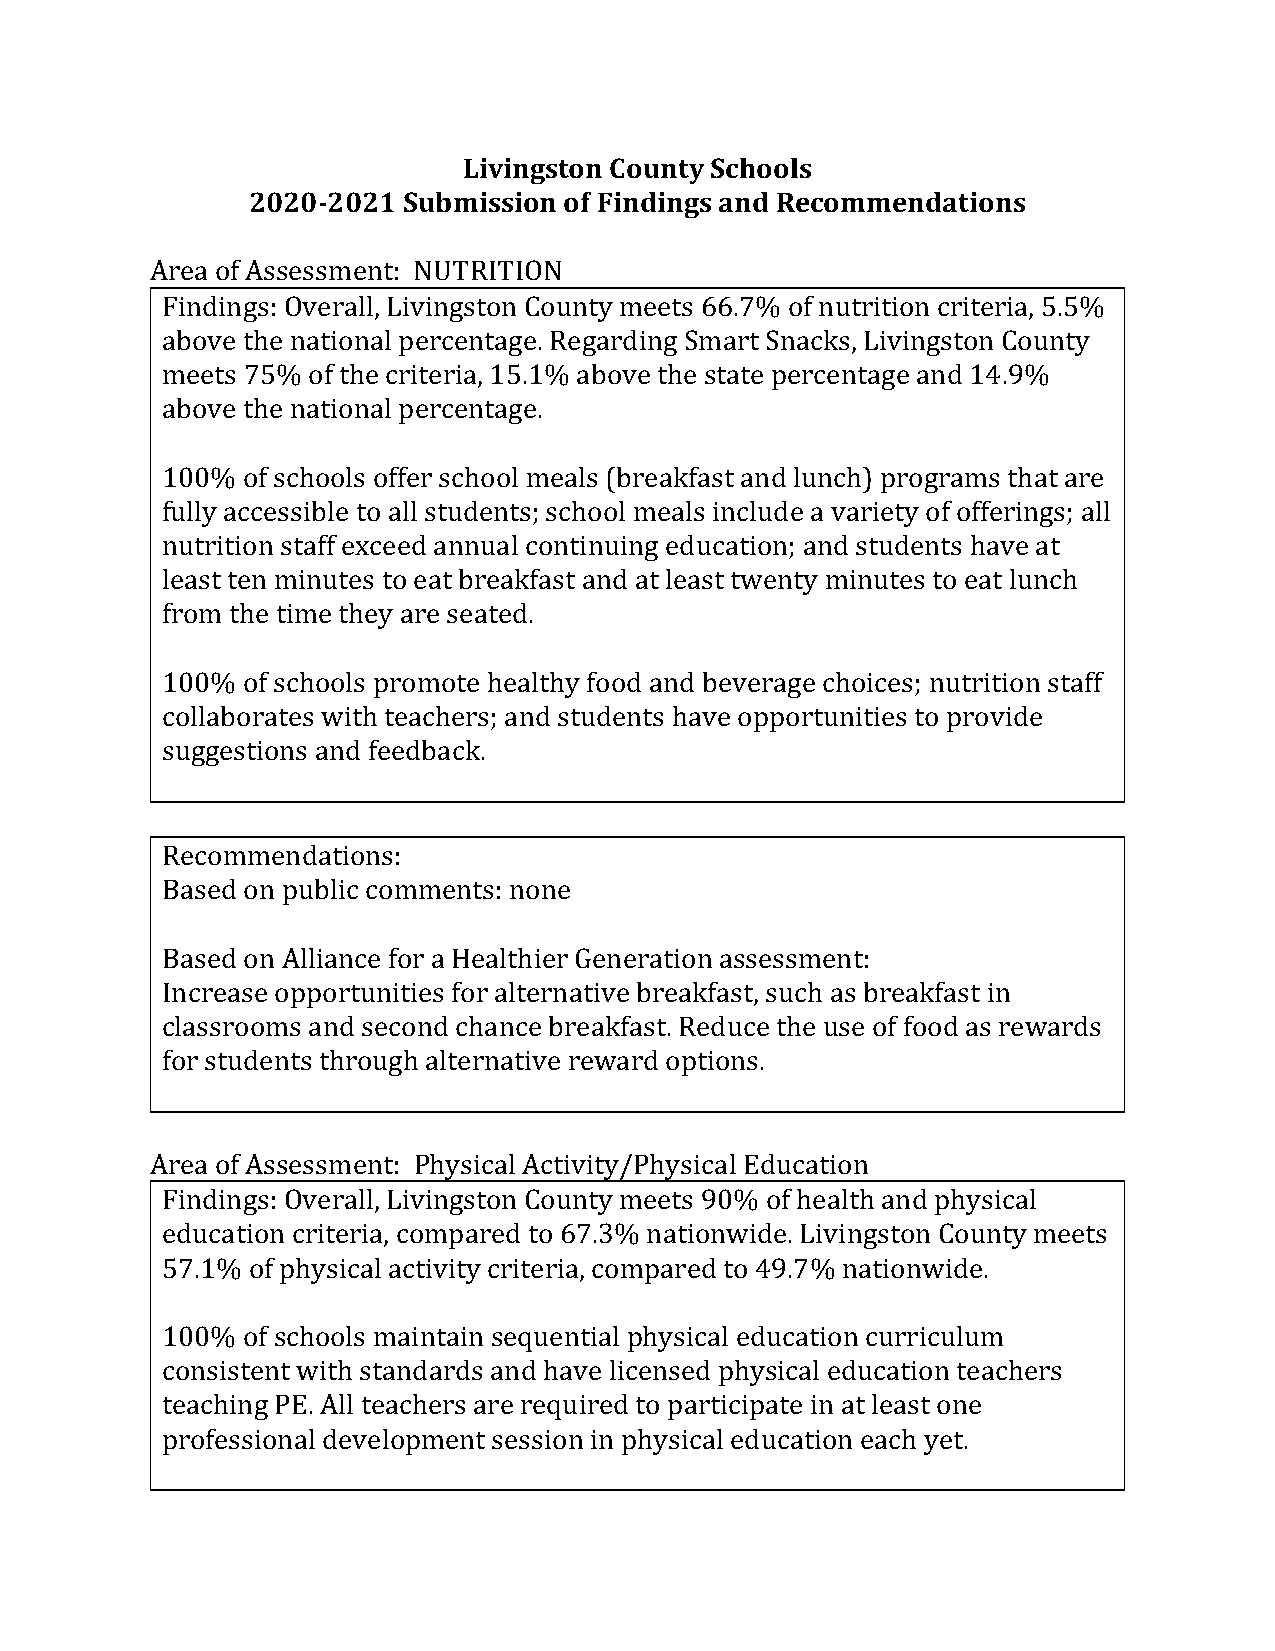
Livingston County Schools
 2020-2021  Submission of Findings and Recommendations
 Area of Assessment: NUTRITION
 Findings: Overall, Livingston County meets 66.7% of nutrition criteria, 5.5%
 above the national percentage. Regarding Smart Snacks, Livingston County
 meets 75% of the criteria, 15.1% above the state percentage and 14.9%
 above the national percentage.
 100% of schools offer school meals (breakfast and lunch) programs that are
 fully accessible to all students; school meals include a variety of offerings; all
 nutrition staff exceed annual continuing education; and students have at
 least ten minutes to eat breakfast and at least twenty minutes to eat lunch
 from the time they are seated.
 100% of schools promote healthy food and beverage choices; nutrition staff
 collaborates with teachers; and students have opportunities to provide
 suggestions and feedback.
 Recommendations:
 Based on public comments: none
 Based on Alliance for a Healthier Generation assessment:
 Increase opportunities for alternative breakfast, such as breakfast in
 classrooms and second chance breakfast. Reduce the use of food as rewards
 for students through alternative reward options.
 Area of Assessment: Physical Activity/Physical Education
 Findings: Overall, Livingston County meets 90% of health and physical
 education criteria, compared to 67.3% nationwide. Livingston County meets
 57.1% of physical activity criteria, compared to 49.7% nationwide.
 100% of schools maintain sequential physical education curriculum
 consistent with standards and have licensed physical education teachers
 teaching PE. All teachers are required to participate in at least one
 professional development session in physical education each yet.